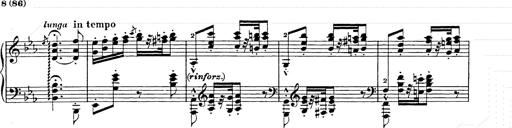
Title: Hungarian Rhapsody No.9
Composer: Franz Liszt
Key: E-flat major